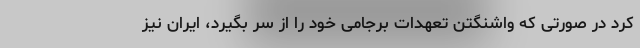
کرد در صورتی که واشنگتن تعهدات برجامی خود را از سر بگیرد، ایران نیز